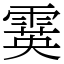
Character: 霙